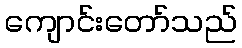
ကျောင်းတော်သည်